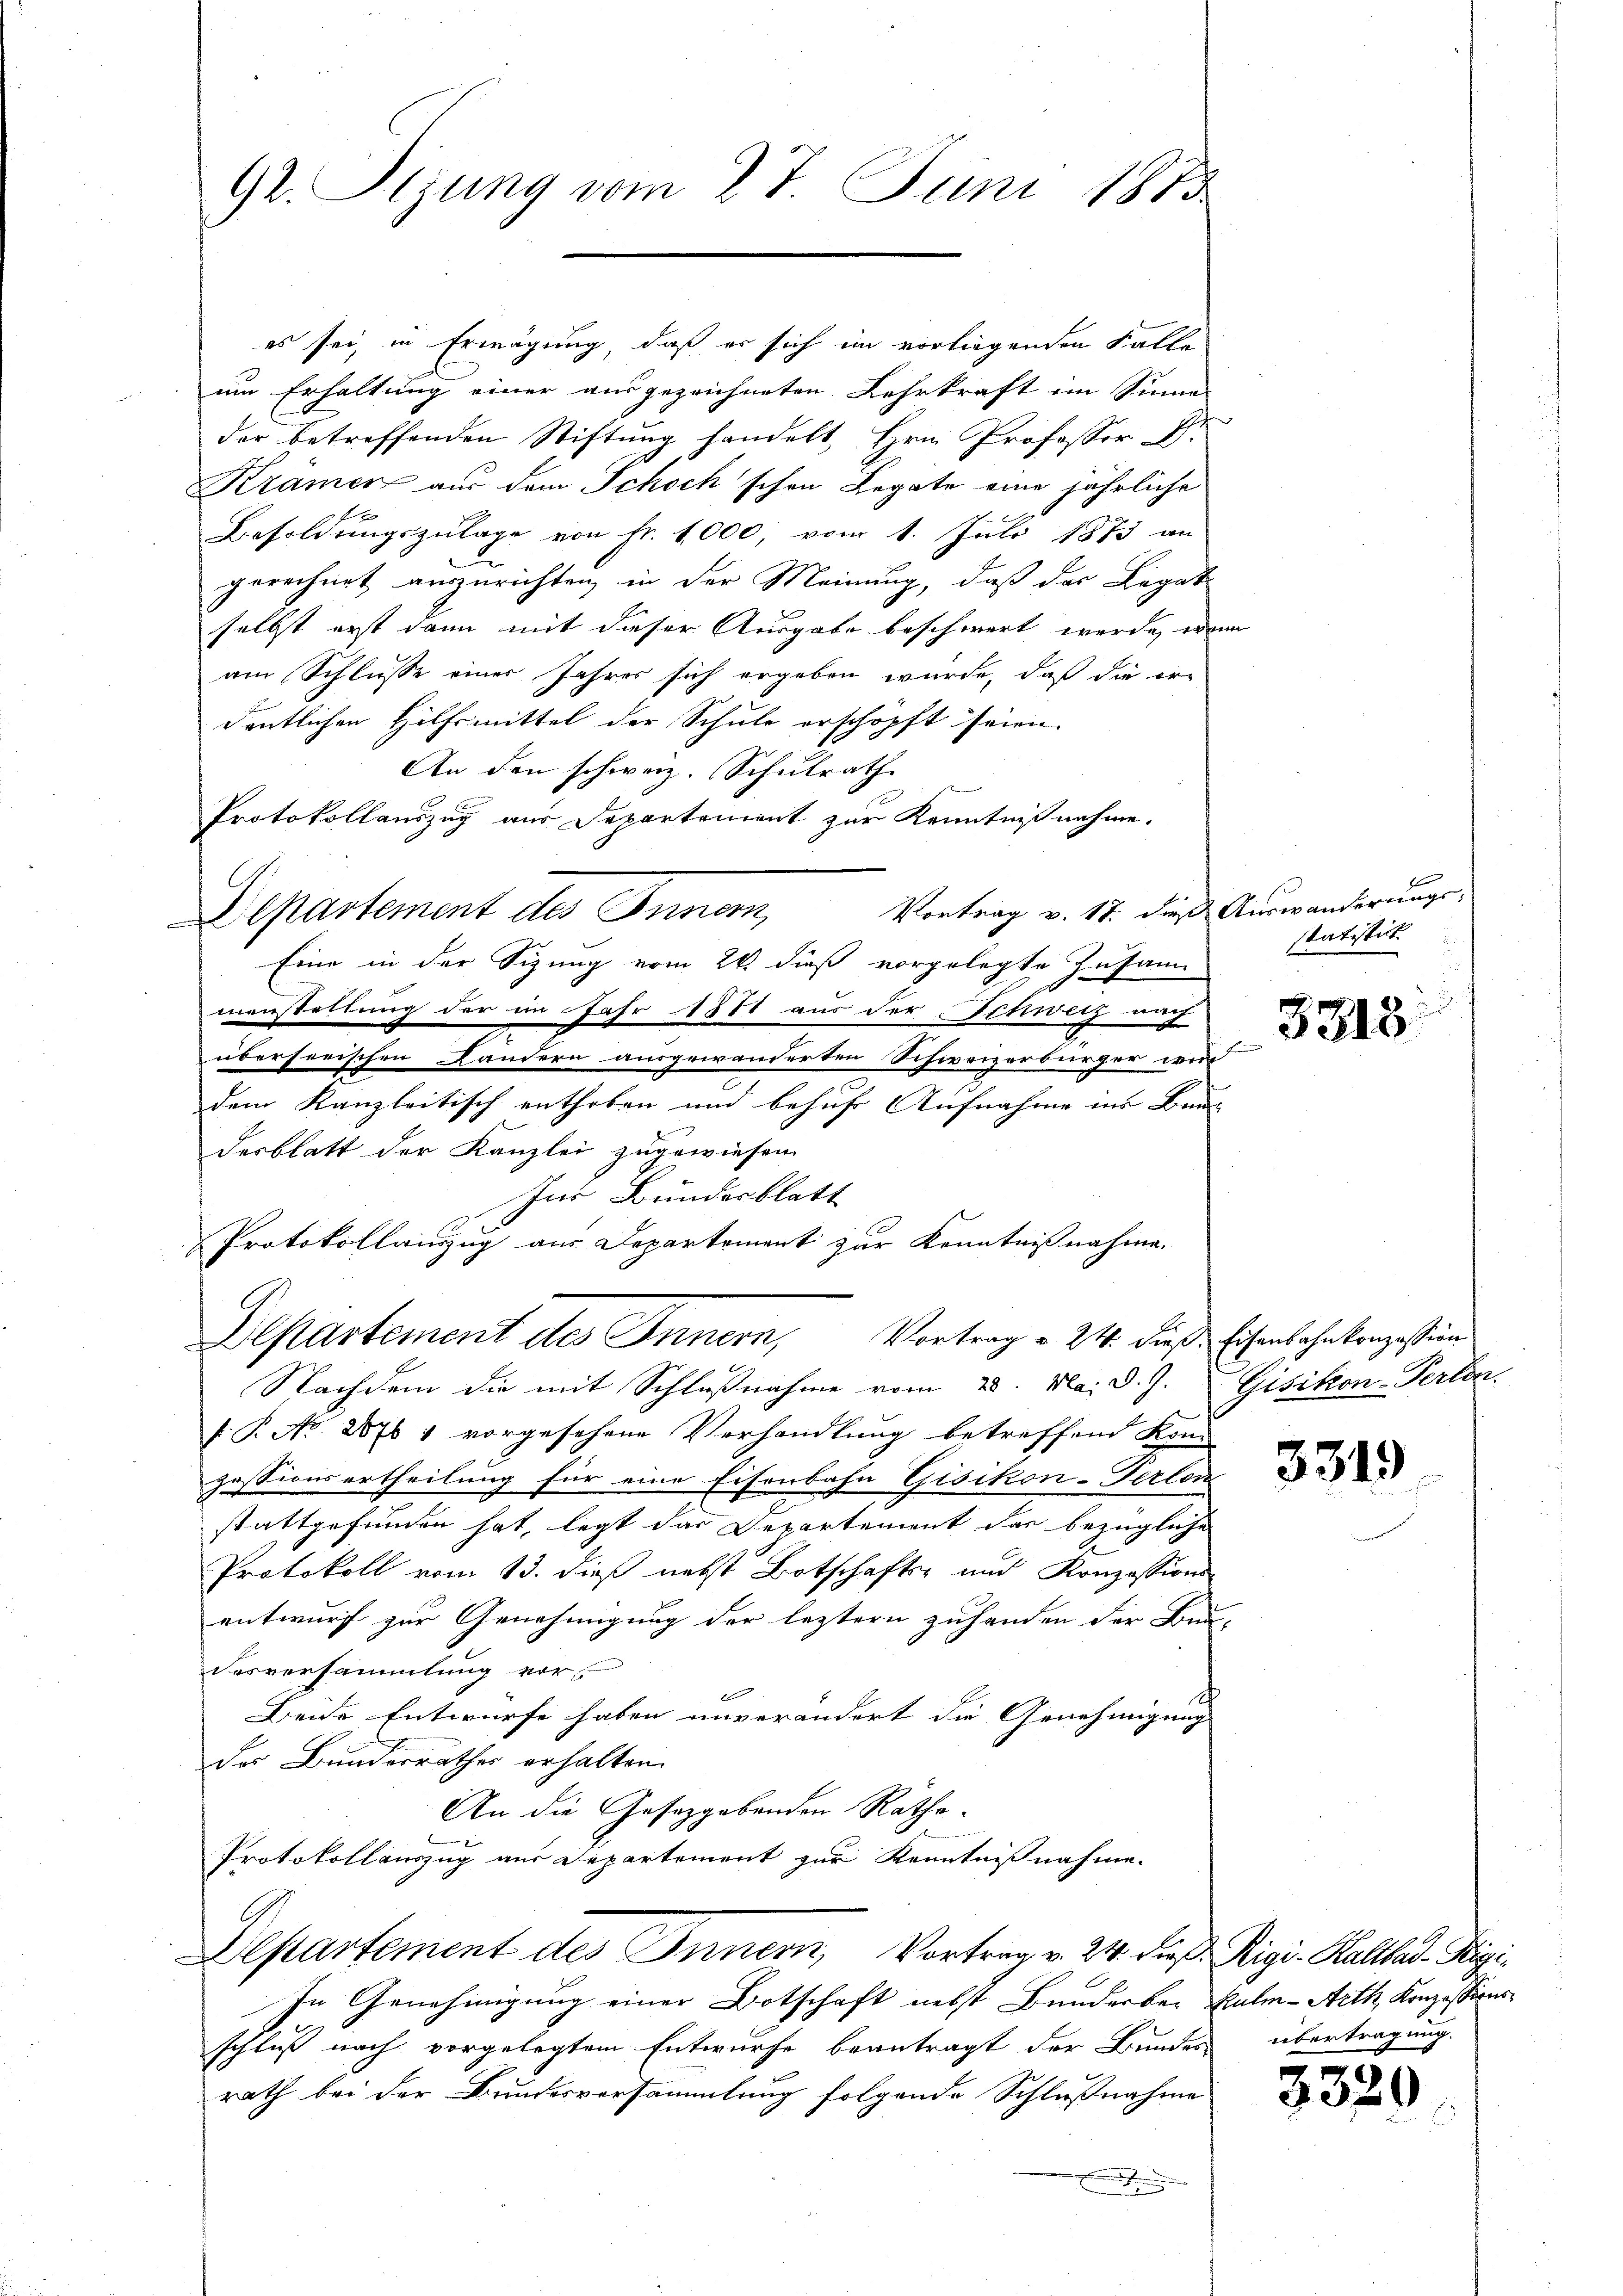
92. Sizung vom 27. Juni 1813

es sei, in Erwägung, daß es sich im vorliegenden Falle
um Erhaltung einer ausgezeichneten Lehrkraft im Sinne
der betreffenden Stiftung handelt, Hrn. Professor D.
Krämer aus dem Schoch schon Legate eine jährliche
Besoldŭngszulage von fr. 1000, vom 1. Juli 1873 an
gerechnet auszurichten, in der Meinung, daß das Legat
selbst erst dann mit dieser Ausgabe beschwert werde, wenn
am Schlusse einer Jahres sich ergeben würde, daß die erdentlichen Hilfsmittel der Schule erschöpft seien.
An den schweiz. Schulrath
Protokollauszug aus Departement zur Kenntniß nahme.
Vortrag v. 17. dieß Auswanderungs-
Departement des Innern,
Eine in der Sizung vom 26. dieß vorgelegte Zusann
manstellung der im Jahr 1881 aus der Schweiz u
überserischen Landern ausgewanderten Schweizerbürger wir
dem Kanzleitisch enthoben und behuf Aufnahme ins Bun- |
desblatt der Kanzlei zugewiesen.
Ins Bundesblatt
Protokollauzug aus Departement zur Kenntnißnahme.
Departement des Innern, Vortrag a 24. dieß Eisenbahnkonzessin
Nachdem die mit Schlußnahme vom 28. Mai d. J. Gisikon-Person.
f. P. No 2876 1 vorgesehene Verhandlung betreffend Kon-
zessionsertheilung für eine Eisenbahn Gisikon-Terben
d
stattgefunden hat, legt das Departement das bezügliche
Protokoll vom 13. dieß nebst Botschafts- und Konzessions-
entwurf zur Genehmigung der leztern zuhanden der Bun-
desversammlung vor
b
Beide Entwurfe haben unverändert die Genehmigung
das Bundesrathes erhalten.
An die Gesetzgebenden Rathe-
Protokollauszug aus Departement zur Kenntnißnahme.
Departement des Innern, Vortrag v. 24. dieß. Rigi-Kaltbad-Rigi¬
In Genehmigung einer Botschaft nebst Bunderber Halm-Arth, Konzessionsschluß nach vorgelegtem Entwurfe beantragt der Bundes übertragung
rath bei der Bundesversammlung folgende Schlußnahme
.

statistik

3818.

3319

3329